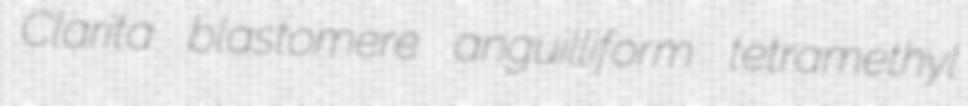
Clarita blastomere anguilliform tetramethyl